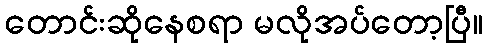
တောင်းဆိုနေစရာ မလိုအပ်တော့ပြီ။